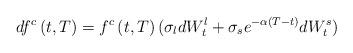
LaTeX: \begin{align*}df^c\left(t,T\right) = f^c\left(t,T\right)(\sigma_l dW_t^l + \sigma_s e^{-\alpha\left(T-t\right)}dW_t^s )\end{align*}